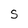
Character: S